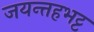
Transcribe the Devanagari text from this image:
जयन्तहभट्ट